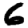
Digit: 6